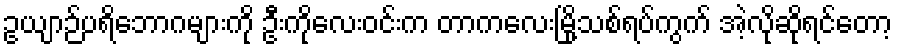
ဥယျာဉ်ပရိဘောဂများကို ဦးကိုလေးဝင်းက တာကလေးမြို့သစ်ရပ်ကွက် အဲ့လိုဆိုရင်တော့